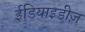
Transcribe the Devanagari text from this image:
ईडियाइडीज़